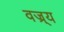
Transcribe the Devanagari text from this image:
वज्र्य